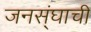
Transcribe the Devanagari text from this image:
जनस्ंघाची